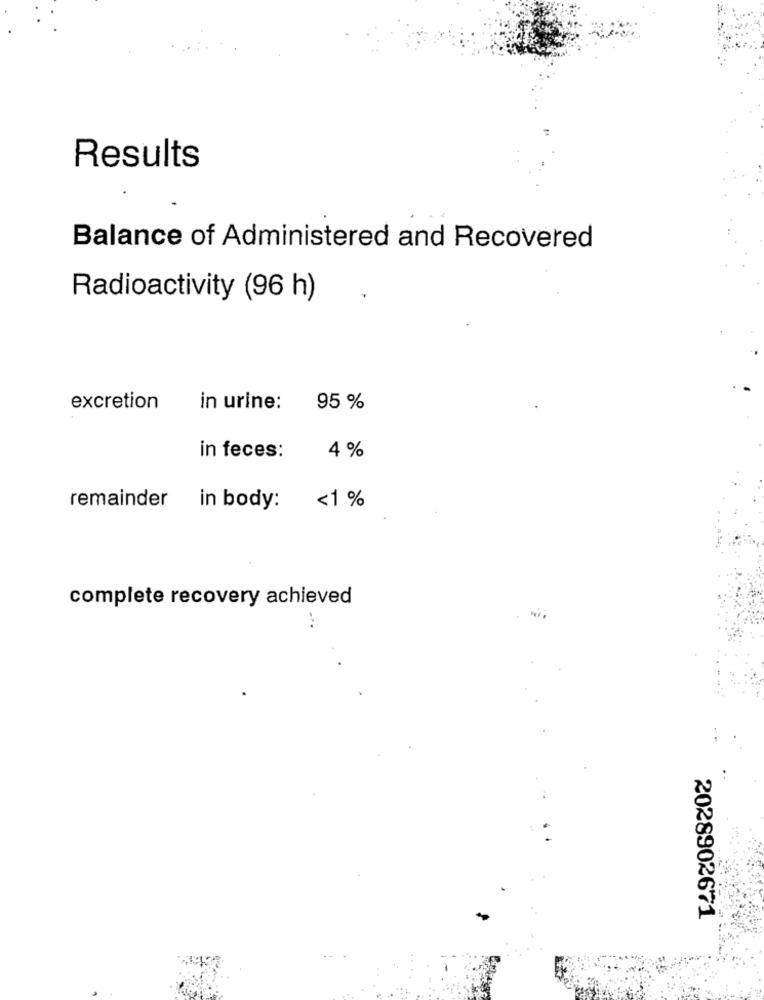
Results
Balance of Administered and Recovered
Radioactivity (96 h)
excretion
in urine: 95 %
4 %
in feces:
<1 %
remainder
in body:
complete recovery achieved
2028902671